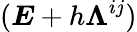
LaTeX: (\boldsymbol{E}+h\boldsymbol{\Lambda}^{ij})